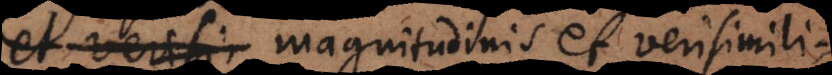
et verisi magnitudinis et verisimili